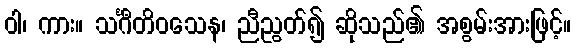
ဝါ၊ ကား။ သင်္ဂီတိဝသေန၊ ညီညွတ်၍ ဆိုသည်၏ အစွမ်းအားဖြင့်။